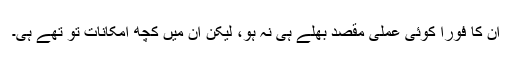
ان کا فوراً کوئی عملی مقصد بھلے ہی نہ ہو، لیکن ان میں کچھ امکانات تو تھے ہی۔